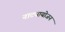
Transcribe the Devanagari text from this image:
नाट्यायोजन